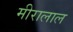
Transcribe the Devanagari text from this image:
मीरालाल